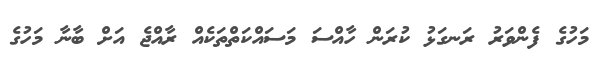
މަހުގެ ފެންވަރު ރަނގަޅު ކުރަން ހާއްސަ މަސައްކަތްތަކެއް ރާއްޖެ އަށް ބާނާ މަހުގެ